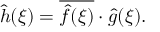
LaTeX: { \hat { h } } ( \xi ) = { \overline { { { \hat { f } } ( \xi ) } } } \cdot { \hat { g } } ( \xi ) .